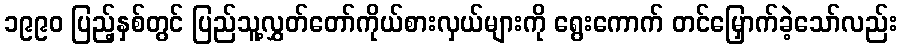
၁၉၉၀ ပြည့်နှစ်တွင် ပြည်သူ့လွှတ်တော်ကိုယ်စားလှယ်များကို ရွေးကောက် တင်မြှောက်ခဲ့သော်လည်း